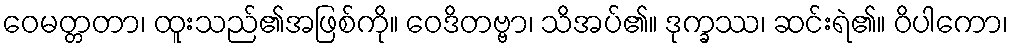
ဝေမတ္တတာ၊ ထူးသည်၏အဖြစ်ကို။ ဝေဒိတဗ္ဗာ၊ သိအပ်၏။ ဒုက္ခဿ၊ ဆင်းရဲ၏။ ဝိပါကော၊